Bombay plague: being a history of the progress of plague in the Bombay presidency from September 1896 to June 1899
Year: 1896
Disease focus: Plague
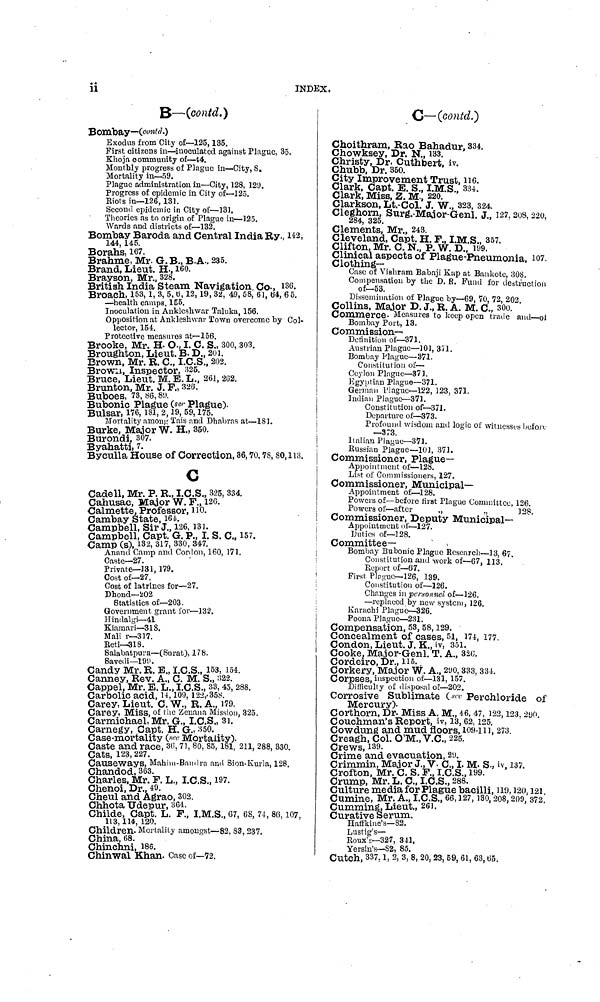
ii
INDEX.
B—(contd.)
Bombay—(contd.)
Exodus from City of—125, 135.
First citizens in—inoculated against Plague, 35.
Khoja community of—44.
Monthly progress of Plague in—City, 8.
Mortality in—59.
Plague administration in—City, 128, 129.
Progress of epidemic in City of—125.
Riots in—126, 131.
Second epidemic in City of—131.
Theories as to origin of Plague in—125.
Wards and districts of—132.
Bombay Baroda and Central India Ry., 142
144, 145.
Borahs, 167.
Brahme, Mr. G. B., B.A., 235.
Brand, Lieut. H., 160.
Brayson, Mr., 328.
British India Steam Navigation. Co., 136.
Broach, 153, 1, 3, 5, 6, 12, 19, 32, 49, 58, 61, 64, 65.
—health camps, 155.
Inoculation in Ankleshwar Taluka, 156.
Opposition at Ankleshwar Town overcome by Col-
lector, 154.
Protective measures at-156.
Brooke, Mr. H. O., I. C. S., 300, 303.
Broughton, Lieut. B. D., 201.
Brown, Mr. R. C., I.C.S., 202.
Brown, Inspector, 325.
Bruce, Lieut. M. E. L., 261, 262.
Brunton, Mr. J. P., 326.
Buboes, 73, 86, 89.
Bubonic Plague (ser Plague).
Bulsar, 176, 181, 2, 19, 59, 175.
Mortality among Tais and Dhabras at—181.
Burke, Major W. H., 350.
Burondi, 307.
Byahatti, 7.
Byculla House of Correction, 36, 70, 78, 80, 113.
C
Cadell, Mr. P. R., I.C.S., 325, 334.
Cahusae, Major W. F., 126.
Calmette, Professor, no.
Cambay State, 164.
Campbell, Sir J., 126, 131.
Campbell, Capt. G. P., I. S. C., 157.
Camp (S), 132, 317, 330, 347.
Anond Camp and Cordon, 160, 171.
Caste—27.
Private—131, 179.
Cost of—27.
Cost of latrines for—27.
Dhond—202
Statistics of—203.
Government grant for.—132.
Hindalgi—41
Kiamari—318.
Mali r—317.
Reti—318.
Salabatpura—(Surat), 178.
Savedi—199.
Candy Mr. R. E., I.C.S., 153, 154.
Canney, Rev. A., C. M. S., 322.
Cappel, Mr. E. L., I.C.S., 33, 45, 288.
Carbolic acid, 14, 109, 122, 358.
Carey, Lieut. C. W., R. A., 179.
Careys Miss, of the Zenana Mission, 325.
Carmichael, Mr. G., I.C.S., 31.
Carnegy, Capt. H. G., 350.
Case-mortality (see Mortality).
Caste and race, 36, 71, 80, 85, 181, 211, 288, 330.
Cats, 123, 227.
Causeways, Mahim-Bandra and Sion-Kurla, 128.
Chandod, 363.
Charles, Mr. F. L., I.C.S., 197.
Chenoi, Dr., 49.
Cheul and Agrao, 302.
Chhota Udepur, 364.
Childe, Capt. L. F., I.M.S., 67, 68, 74, 86, 107,
113, 114, 120.
Children. Mortality amongst—82, 83, 237.
China, 68.
Chinchni, 186.
Chinwal Khan. Case of—72.
C—(contd.)
Choithram, Rao Bahadur, 334.
Chowksey, Dr. N., 133.
Christy, Dr. Cuthbert, iv.
Chubb, Dr. 350.
City Improvement Trust, 116.
Clark, Capt. E. S., I.M.S., 334.
Clark, Miss, Z. M., 220.
Clarkson, Lt.-Col. J. W., 323, 324.
Cleghorn, Surg.-Major-Genl. J., 127, 208, 220,
284, 325.
Clements, Mr., 243.
Cleveland, Capt. H. F., I.M.S., 357.
Clifton, Mr. C. N., P. W. D., 199.
Clinical aspects of Plague-Pneumonia, 107.
Clothing-
Case of Vishram Babaji Kap at Bankote, 308.
Compensation by the D. R. Fund for destruction
of—53.
Dissemination of Plague by—69, 70, 72, 202
Collins, Major D. J., R. A. M. C., 300.
Commerce. Measures to keep open trade and—of
Bombay Port, 13.
Commission-
Definition of—371.
Austrian Plague—101, 371.
Bombay Plague—871.
Constitution of—
Ceylon Plague—371.
Egyptian Plague—371.
German Plague—122, 123, 371.
Indian Plague—371.
Constitution of—371.
Departure of—373.
Profound wisdom and logic of witnesses before
—373.
Italian Plague—371.
Russian Plague—101, 371.
Commissioner, Plague-
Appointment of—128.
List of Commissioners, 127.
Commissioner, Municipal-
Appointment of—128.
Powers of—before first Plague Committee. 126.
Powers of—after
„
..
128.
Commissioner, Deputy Municipal-
Appointment of—127.
Duties of—128.
Committee-
Bombay Bubonic Plague Research—13, 67.
Constitution and work of—67, 113.
Report of—67.
First Plague—126, 139.
Constitution of—126.
Changes in personnel of—126.
—replaced by new system, 126.
Karachi Plague—326.
Poona Plague—231.
Compensation, 53, 58, 129.
Concealment of cases, 51, 174, 177.
Condon, Lieut. J. K., iv, 351.
Cooke, Major-Genl. T. A., 326.
Cordeiro, Dr., 115.,
Corkery, Major W. A., 290, 333, 334.
Corpses, inspection of—131, 157.
Difficulty of disposal of—202.
Corrosive Sublimate (see Perchloride of
Mercury).
Corthorn, Dr. Miss A. M., 46, 47, 122, 123, 290
Couchman's Report, iv, 13, 62, 125.
Cowdung and mud floors, 109-111, 273.
Creagh, Col. O'M., V.C., 225.
Crews, 139.
Crime and evacuation, 29.
Crimmin, Major J., V. C., I. M. S., iv, 137.
Crofton, Mr. C. S. F., I.C.S., 199.
Crump, Mr. L. C., I.C.S., 288.
Culture media for Plague bacilli, 119, 120, 121.
Cumine, Mr. A., I.C.S., 66, 127, 130, 208, 200, 372,
Gumming, Lieut., 261.
Curative Serum.
Haffkine's—82.
Lustig's—
Roux's—327, 341.
Yersin's—82, 85.
Cutch, 337, 1, 2, 3, 8, 20, 23, 59, 61, 63, 65.